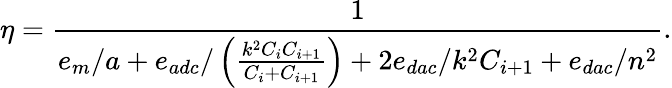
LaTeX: \eta=\frac{1}{e_{m}/a+e_{adc}/\left(\frac{k^{2}C_{i}C_{i+1}}{C_{i}+C_{i+1}}\right)+2e_{dac}/k^{2}C_{i+1}+e_{dac}/n^{2}}.